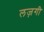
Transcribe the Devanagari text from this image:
लज़गी